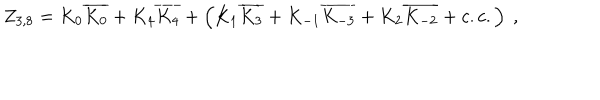
Z _ { 3 , 8 } = K _ { 0 } \overline { { { K _ { 0 } } } } + K _ { 4 } \overline { { { K _ { 4 } } } } + \left( K _ { 1 } \overline { { { K _ { 3 } } } } + K _ { - 1 } \overline { { { K _ { - 3 } } } } + K _ { 2 } \overline { { { K _ { - 2 } } } } + c . c . \right) \ ,